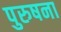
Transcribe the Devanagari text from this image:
पुरुषना